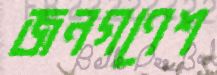
জনগণেশ